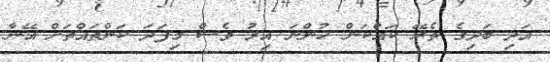
އަދި ބަދިގެ ތެރޭ ކައްކަން ހުންނަ އިރު ވެސް މިފަދަ ކަންތައްތަށް އޭނާ